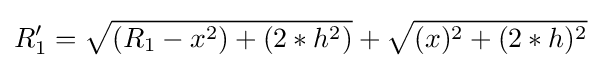
R_{1}'={\sqrt {(R_{1}-x^{2})+(2*h^{2})}}+{\sqrt {(x)^{2}+(2*h)^{2}}}